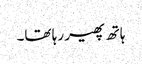
ہاتھ پھیر رہا تھا۔